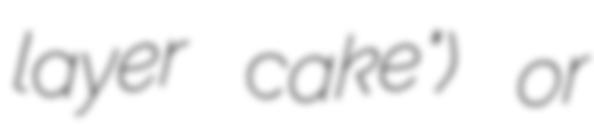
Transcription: layer cake") or